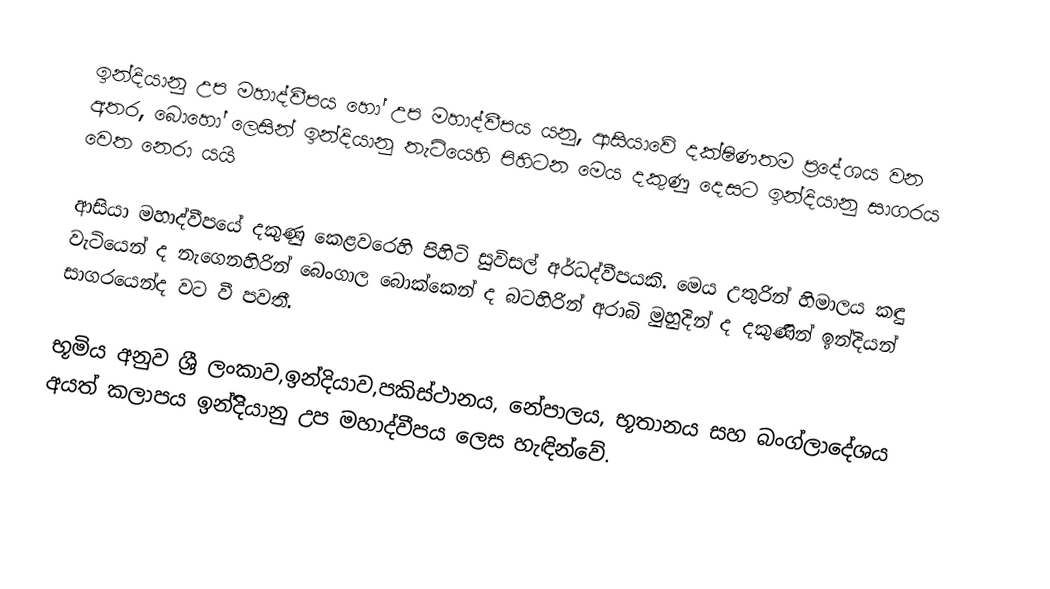
ඉන්දියානු උප මහාද්වීපය හෝ උප මහාද්වීපය යනු,  ආසියාවේ දක්ෂිණතම ප්‍රදේශය වන අතර, බොහෝ ලෙසින්  ඉන්දියානු තැටියෙහි පිහිටන මෙය දකුණු දෙසට ඉන්දියානු සාගරය වෙත නෙරා යයි

ආසියා මහාද්වීපයේ දකුණු කෙළවරෙහි පිහිටි සුවිසල් අර්ධද්වීපයකි. මෙය උතුරින් හිමාලය කඳු වැටියෙන් ද නැගෙනහිරින් බෙංගාල බොක්කෙන් ද බටහිරින් අරාබි මුහුදින් ද දකුණින් ඉන්දියන් සාගරයෙන්ද වට වී පවතී.

භූමිය අනුව ශ්‍රී ලංකාව,ඉන්දියාව,පකිස්ථානය, නේපාලය, භූතානය සහ බංග්ලාදේශය අයත් කලාපය ඉන්දිිිිිියානු උප මහාද්වීපය ලෙස හැඳින්වේ.